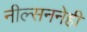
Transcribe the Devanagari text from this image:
नील्सननेही